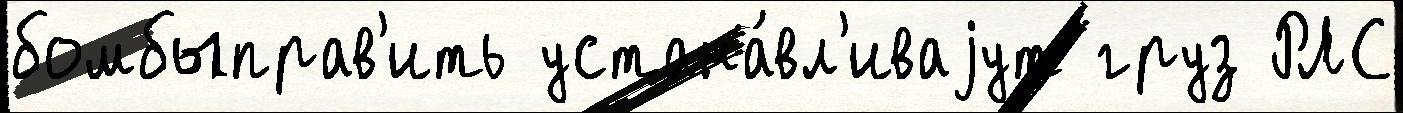
бомбыправ'ить устана́вл'иваjут груз РЛС